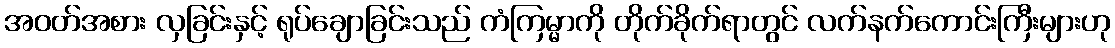
အဝတ်အစား လှခြင်းနှင့် ရုပ်ချောခြင်းသည် ကံကြမ္မာကို တိုက်ခိုက်ရာတွင် လက်နက်ကောင်းကြီးများဟု